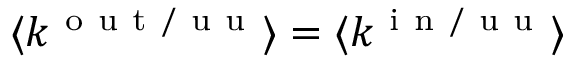
\langle k ^ { \mathrm { ~ o ~ u ~ t ~ / ~ u ~ u ~ } } \rangle = \langle k ^ { \mathrm { ~ i ~ n ~ / ~ u ~ u ~ } } \rangle